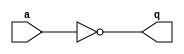
module not_gate (
    input wire a,
    output wire q
);
  
assign q = ~a;

endmodule